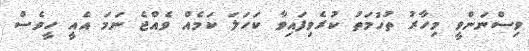
ވިސްނަންވީ މިހާރު ތުހުމަތު ކުރެވިފައިވާ ކަހަލަ ކަމެއް ވެއްޖެ ނަމަ އެއީ ހީވެސް